Report on vaccination in Madras 1877-1894 - 1877-1894
Year: 1877
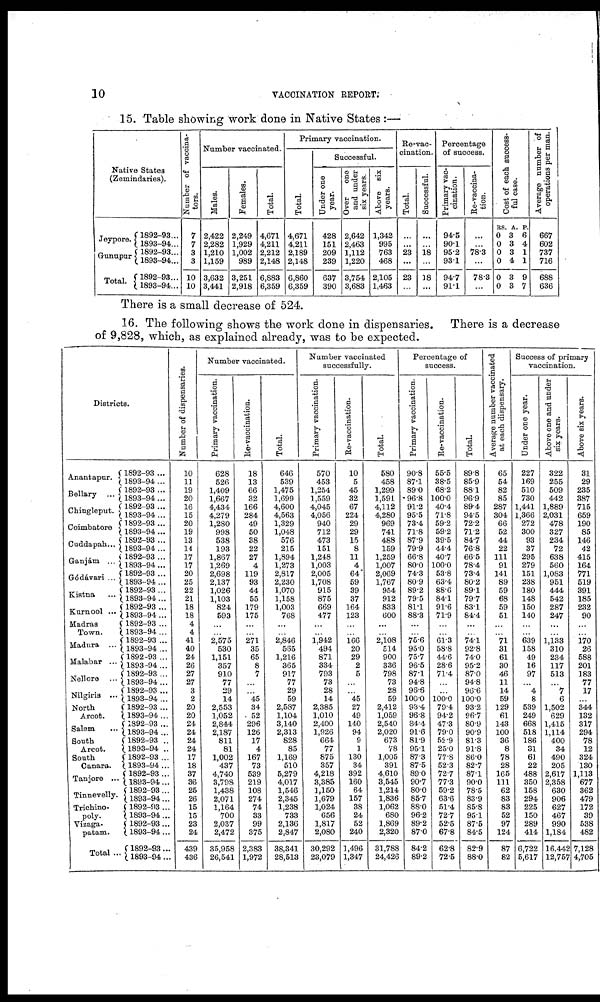
10
VACCINATION REPORT.
15. Table showing work done in Native States :—
Native States
(Zemindaries).
Jeypore.
Gunupur
Total.
1892-93...
1893-94...
1892-93...
1893-94...
1892-93...
1893-94...
Number of vaccina-
tors.
7
7
3
3
10
10
Number vaccinated.
Males.
2,422
2,282
1,210
1,159
3,632
3,441
Females.
2,249
1,929
1,002
989
3,251
2,918
Total.
4,671
4,211
2,212
2,148
6,883
6,359
Primary vaccination.
Total.
4,671
4,211
2,189
2,148
6,860
6,359
Successful.
Under one
year.
428
151
209
239
637
390
Over
one
and under
six years.
2,642
2,463
1,112
1,220
3,754
3,683
Above six
years.
1,342
995
763
468
2,105
1,463
Re-vac¬
cination.
Total.
...
...
23
...
23
...
Successful.
...
...
18
...
18
...
Percentage
of success.
Primary vac-
cination.
94.5
90.1
95.2
93.1
94.7
91.1
Re-vaccina-
tion.
...
...
78.3
...
78.3
...
Cost of each success-
ful case.
RS.
0
0
0
0
0
0
A.
3
3
3
4
3
3
P.
6
4
1
1
9
7
Average number of
operations per man.
667
602
737
716
688
636
There is a small decrease of 524.
16. The following shows the work done in dispensaries. There is a decrease
of 9,828, which, as explained already, was to be expected.
Districts.
Anantapur.
Bellary ...
Chingleput.
Coimbatore ...
Caddapah...
Ganjám ...
Gódávari ...
Kistna
...
Kurnool ...
Madras
Town.
Madura ...
Malabar ...
Nellore ...
Nilgiris ...
North
Arcot.
Salem
...
South
Arcot.
South
Canara.
Tanjore ...
Tinnevelly.
Trichino¬
poly.
Vizaga¬
patam.
Total ...
1892-93 ...
1893-94 ...
1892-93 ...
1893-94 ...
1892-93 ...
1893-94 ...
1892-93 ...
1893-94 ...
1892-93 ...
1893-94 ...
1892-93 ...
1893-94 ...
1892-93 ...
1893-94 ...
1892-93 ...
1893-94 ...
1892-93 ...
1893-94 ...
1892-93 ...
1893-94...
1892-93 ...
1893-94 ...
1892-93 ...
1893-94 ...
1892-93 ...
1893-94 ...
1892-93 ...
1893-94 ...
1892-93 ...
1893-94 ...
1892-93 ...
1893-94 ...
1892-93 ..
1893-94 ..
1892-93 ...
1893-94 ...
1892-93 ...
1893-94 ...
1892-93...
1893-94...
1892-93 ...
1893-94 ...
1892-93 ...
1893-94 ...
1892-93 ...
1893-94...
Number of dispensaries.
10
11
19
20
16
15
20
19
13
14
17
17
20
25
22
21
18
18
4
4
41
40
24
26
27
27
3
2
20
20
24
24
24
24
17
18
37
36
25
26
15
15
23
24
439
436
Number vaccinated.
Primary vaccination.
628
526
1,409
1,667
4,434
4,279
1,280
998
538
193
1,867
1,269
2,698
2,137
1,026
1,103
824
593
...
...
2,575
530
1,151
357
910
77
29
14
2,553
1,052
2,844
2,187
811
81
1,002
437
4,740
3,798
1,438
2,071
1,164
700
2,037
2,472
35,958
26,541
Re-vaccination.
18
13
66
32
166
284
49
50
38
22
27
4
119
93
44
55
179
175
...
...
271
35
65
8
7
...
...
45
34
52
296
126
17
4
167
73
539
219
108
274
74
33
99
375
2,383
1,972
Total.
646
539
1,475
1,699
4,600
4,563
1,329
1,048
576
215
1,894
1,273
2,817
2,230
1,070
1,158
1,003
768
...
...
2,846
565
1,216
365
917
77
29
59
2,587
1,104
3,140
2,313
828
85
1,169
510
5,279
4,017
1,546
2,345
1,238
733
2,136
2,847
38,341
28,513
Number vaccinated
successfully.
Primary vaccination.
570
453
1,254
1,559
4,045
4,056
940
712
473
151
1,248
1,003
2,005
1,708
915
875
669
477
...
...
1,942
494
871
334
793
73
28
14
2,385
1,010
2,400
1,926
664
77
875
357
4,218
3,385
1,150
1,679
1,024
656
1,817
2,080
30,292
23,079
Re-vaccination.
10
5
45
32
67
224
29
29
15
8
11
4
64
59
39
37
164
123
...
...
166
20
29
2
5
...
...
45
27
49
140
94
9
1
130
34
392
160
64
157
38
24
52
240
1,496
1,347
Total.
680
458
1,299
1,591
4,112
4,280
969
741
488
159
1,259
1,007
2,069
1,767
954
912
833
600
...
...
2,108
514
900
336
798
73
28
59
2,412
1,059
2,540
2,020
673
78
1,005
391
4,610
3,545
1,214
1,836
1,062
680
1,869
2,320
31,788
24,426
Percentage of
success.
Primary vaccination.
90.8
87.1
89.0
96.8
91.2
95.5
73.4
71.8
87.9
79.9
66.8
80.0
74.3
80.9
89.2
79.5
81.1
88.3
...
...
75.6
95.0
75.7
96.5
87.1
94.8
98.6
100.0
93.4
96.8
84.4
91.6
81.9
95.1
87.3
87.5
89.0
90.7
80.0
85.7
88.0
96.2
89.2
87.0
84.2
89.2
Re-vaccination.
55.5
38.5
68.2
100.0
40.4
71.8
59.2
59.2
39.5
44.4
40.7
100.0
53.8
63.4
88.6
84.1
91.6
71.9
...
...
61.3
58.8
44.6
28.6
71.4
...
...
100.0
79.4
94.2
47.3
79.0
52.9
25.0
77.8
52.3
72.7
77.3
59.2
63.6
51.4
72.7
52.5
67.8
62.8
72.5
Total.
89.8
85.9
88.1
96.9
89.4
94.5
72.2
71.2
84.7
76.8
66.5
78.4
73.4
80.2
89.1
79.7
83.1
84.4
...
...
74.1
92.8
74.0
95.2
87.0
94.8
96.6
100.0
93.2
96.7
80.9
90.9
81.3
91.8
86.0
82.7
87.1
90.0
78.5
83.9
85.8
95.1
87.5
84.5
82.9
88.0
Average number vaccinated
at each dispensary.
65
54
82
85
287
304
66
52
44
22
111
91
141
89
59
68
59
51
...
...
71
31
61
30
46
11
14
59
129
61
143
100
36
8
78
28
165
111
62
83
83
52
97
124
87
82
Success of primary
vaccination.
Under one year.
227
169
510
730
1,441
1,366
272
300
93
37
295
279
151
238
180
148
150
140
...
...
639
158
49
16
97
...
4
8
539
249
668
518
186
31
61
22
488
350
158
294
225
150
289
414
6,722
5,617
Above one and under
six years.
322
255
509
442
1,889
2,031
478
327
234
72
638
560
1,083
951
444
542
287
247
...
...
1,133
310
234
117
513
...
7
6
1,502
629
1,415
1,114
400
34
490
205
2,617
2,358
630
906
627
467
990
1,184
16,442
12,757
Above six years.
31
29
235
387
715
659
190
85
146
42
415
164
771
519
391
185
232
90
...
...
170
26
588
201
183
77
17
...
344
132
317
294
78
12
324
130
1,113
677
362
479
172
39
538
482
7,128
4,705